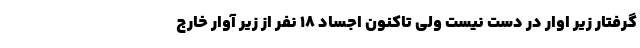
گرفتار زیر اوار در دست نیست ولی تاکنون اجساد ۱۸ نفر از زیر آوار خارج